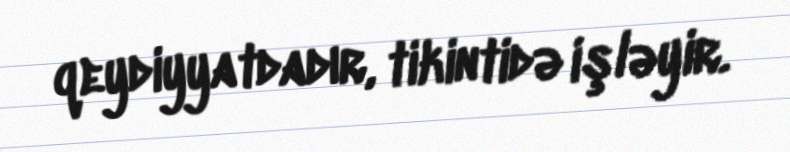
qeydiyyatdadır, tikintidə işləyir.